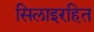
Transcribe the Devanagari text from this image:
सिलाइरहित